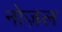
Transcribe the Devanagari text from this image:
नोज़ल